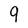
Character: 9